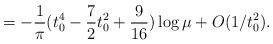
\begin{align*}=-\frac{1}{\pi} (t_{0}^{4} - \frac{7}{2}t_{0}^{2} +\frac{9}{16}) \log \mu +O(1/t_{0}^{2}) .\end{align*}